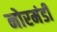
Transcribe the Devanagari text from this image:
नोरमंडी